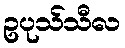
ဥပုသ်သီလ